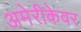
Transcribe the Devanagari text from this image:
अमेरीकेवर